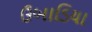
ઉબાડિયા